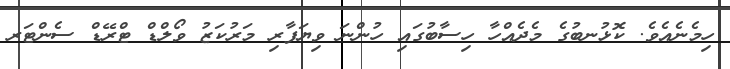
ހިމެނެއެވެ. ކޮޅުނބުގެ މެދެއްހާ ހިސާބުގައި ހުންނަ ވިޔަފާރި މަރުކަޒު ވޯލްޑް ޓްރޭޑް ސެންޓަރ